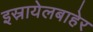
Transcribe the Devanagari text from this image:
इस्रायेलबाहेर